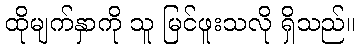
ထိုမျက်နှာကို သူ မြင်ဖူးသလို ရှိသည်။